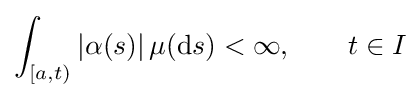
\int _{[a,t)}|\alpha (s)|\,\mu (\mathrm {d} s)<\infty ,\qquad t\in I